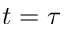
t = \tau